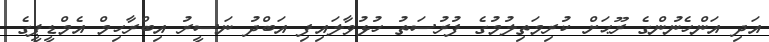
އަދި އަންހެނުންގެ ރޫޙަށް ކުރިމަތިލުމުގެ ފުރުސަތު ހުޅުވާލައިފި އަބްދު ނަސީރު އިބްރާހިމް އެމްޑީޕީގެ